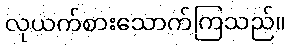
လုယက်စားသောက်ကြသည်။